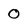
Character: 0